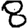
Digit: 8